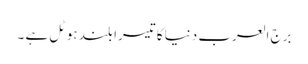
برج العرب دنیا کا تیسرا بلند ہوٹل ہے ۔